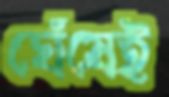
ঘেঁষেই